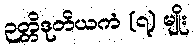
ဉတ္တိဒုတိယကံ (၇) မျိုး